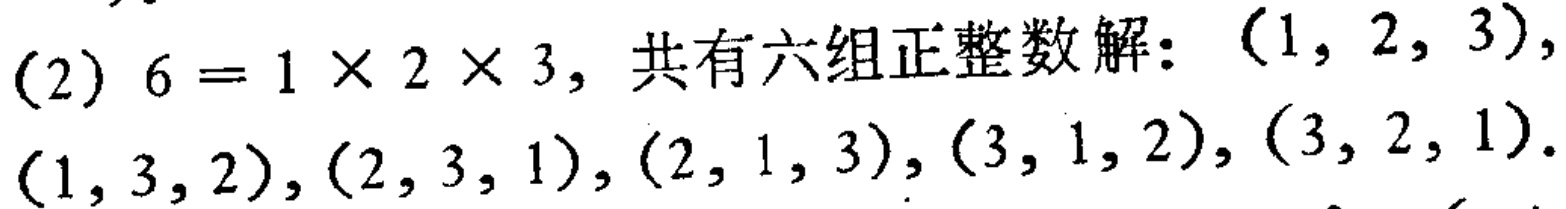
(2) $6 = 1\times 2\times 3$, 共有六组正整数解: $(1, 2, 3)$, $(1, 3, 2)$, $(2, 3, 1)$, $(2, 1, 3)$, $(3, 1, 2)$, $(3, 2, 1)$.